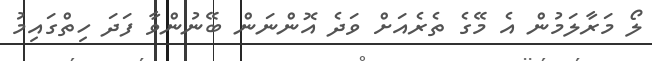
ލޯ މަރާލަމުން އެ މޭގެ ތެރެއަށް ވަދެ އޮންނަން ބޭނުންވާ ފަދަ ހިތްގައިމު